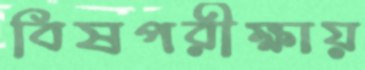
বিষপরীক্ষায়